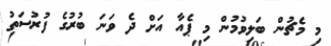
މި މެޗުން ބަލިވުމުން މި ޕެއާ އަށް ދެ ވަނަ ބުރުގެ ފުރުސަތު